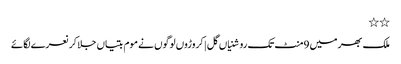
٭٭
ملک بھر میں 9منٹ تک روشنیاں گل | کروڑوں لوگوں نے موم بتیاں جلا کر نعرے لگائے